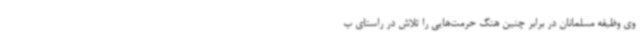
وی وظیفه مسلمانان در برابر چنین هتک حرمت‌هایی را تلاش در راستای ب